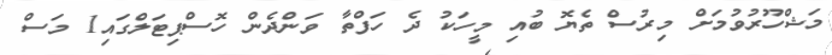
މަޝްހޫރުވުމަށް މިރުސް ތެޔޮ ބުއި މީހަކު ދެ ހަފްތާ ވަންދެން ހޮސްޕިޓަލްގައި1 މަސް